Problem: 5 × 3 = ?
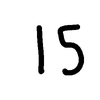
Handwritten answer: 15